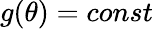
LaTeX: g(\theta)=const